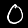
Digit: 0